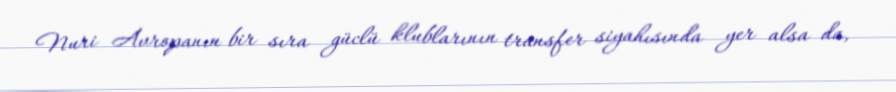
Nuri Avropanın bir sıra güclü klublarının transfer siyahısında yer alsa da,